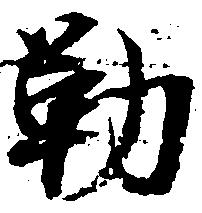
勒